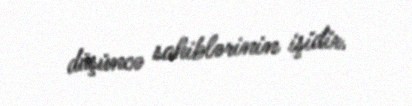
düşüncə sahiblərinin işidir.